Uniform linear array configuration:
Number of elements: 16
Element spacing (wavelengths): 0.25
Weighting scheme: blackman
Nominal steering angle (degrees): -30
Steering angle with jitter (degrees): -31.049
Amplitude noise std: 0.05
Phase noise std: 0.05

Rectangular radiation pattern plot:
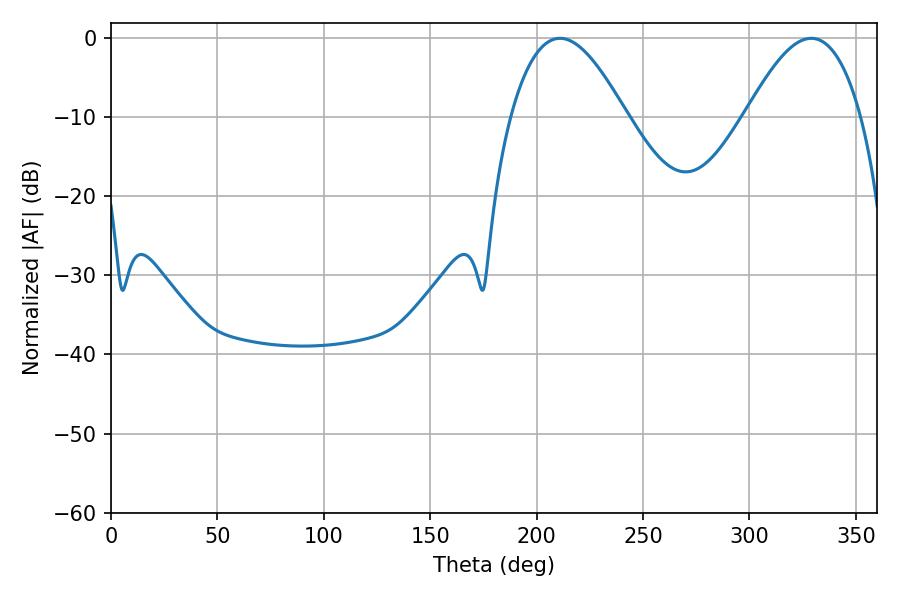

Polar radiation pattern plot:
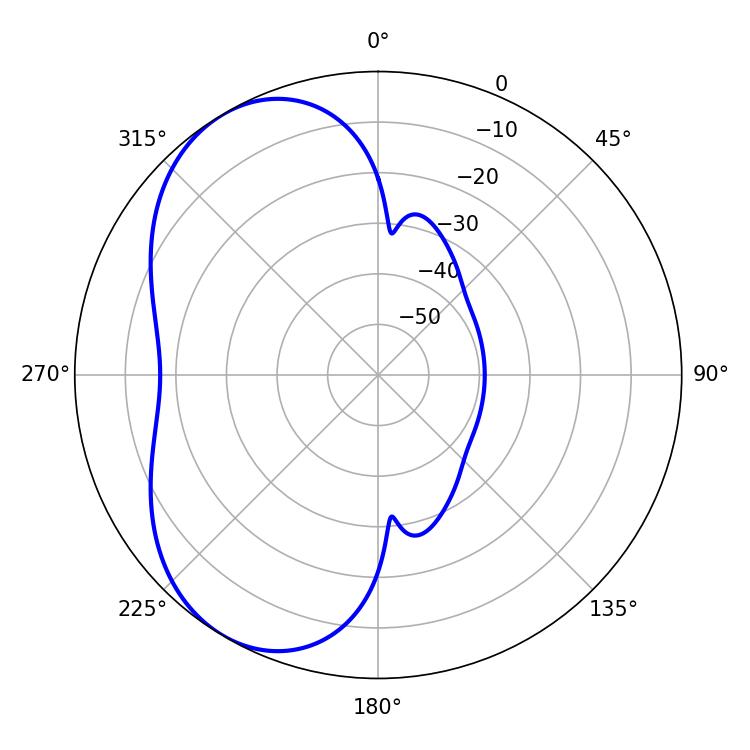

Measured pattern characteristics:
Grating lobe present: FALSE
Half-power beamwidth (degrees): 29.52
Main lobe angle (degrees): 210.96